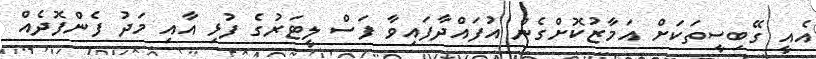
އެއީ ގޭބިސީތަކަށް އަމާޒުކޮށްގެން އުފައްދާފައިވާ ފަސް ލީޓަރުގެ ފުޅި އާއި މަދު ފެންފޮދެއް